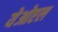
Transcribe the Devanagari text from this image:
येओएल